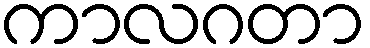
ကာလဂတာ